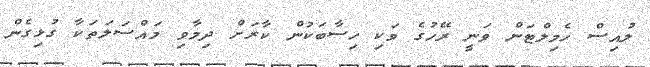
ލުއިސް ހެމިލްޓަން ވަނީ ރޭހުގެ ވަކި ހިސާބަކުން ކާރަށް ދިމާވި މައްސަލަތަކާ ގުޅިގެން